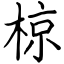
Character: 椋